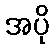
အပို